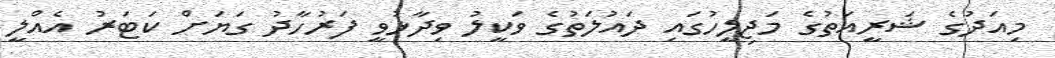
މިއަދުގެ ޝަރީއަތުގެ މަޖިލީހުގައި ދައުލަތުގެ ވަކީލު ވިދާޅުވީ ފަރުހާދު ގަޔަށް ކަޓަރު އެއްލީ